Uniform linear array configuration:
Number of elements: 16
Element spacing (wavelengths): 0.75
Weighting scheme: kaiser
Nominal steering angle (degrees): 0
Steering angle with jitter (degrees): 1.584
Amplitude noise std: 0.05
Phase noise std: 0.05

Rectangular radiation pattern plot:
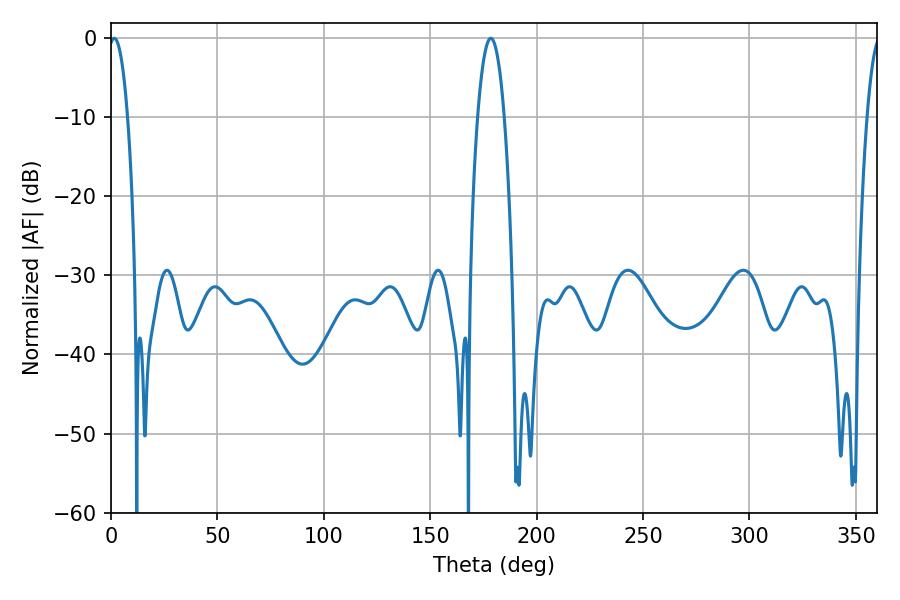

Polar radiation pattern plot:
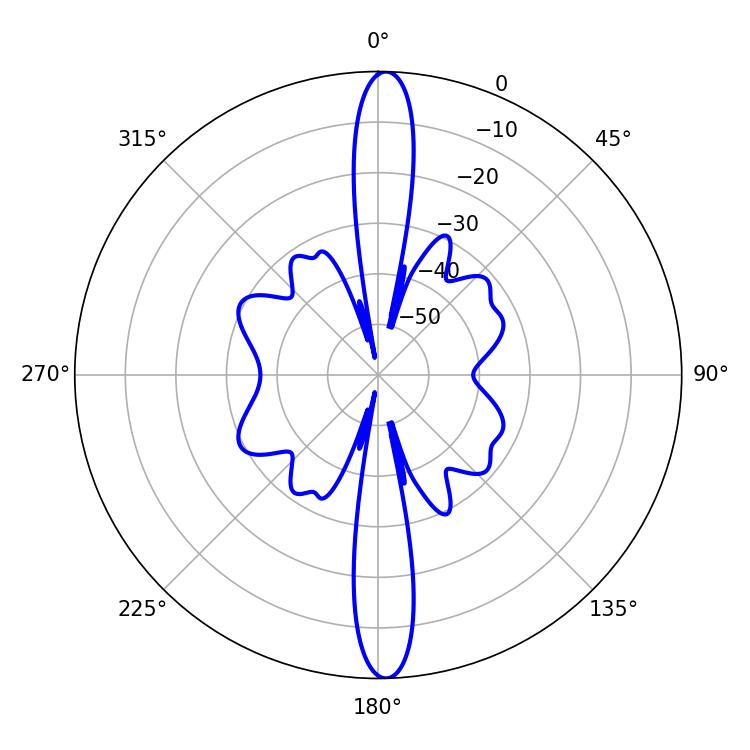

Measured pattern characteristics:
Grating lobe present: TRUE
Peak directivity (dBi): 24.829
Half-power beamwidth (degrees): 5.04
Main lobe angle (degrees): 1.44